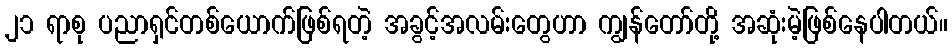
၂၁ ရာစု ပညာရှင်တစ်ယောက်ဖြစ်ရတဲ့ အခွင့်အလမ်းတွေဟာ ကျွန်တော်တို့ အဆုံးမဲ့ဖြစ်နေပါတယ်။